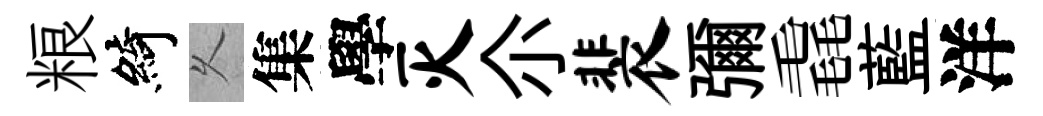
粮綺乆集學灭尒裴彌毳藍洋